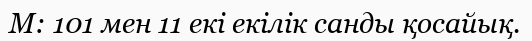
М: 101 мен 11 екi екiлiк санды қосайық.